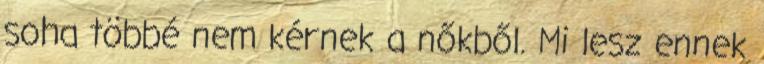
soha többé nem kérnek a nőkből. Mi lesz ennek